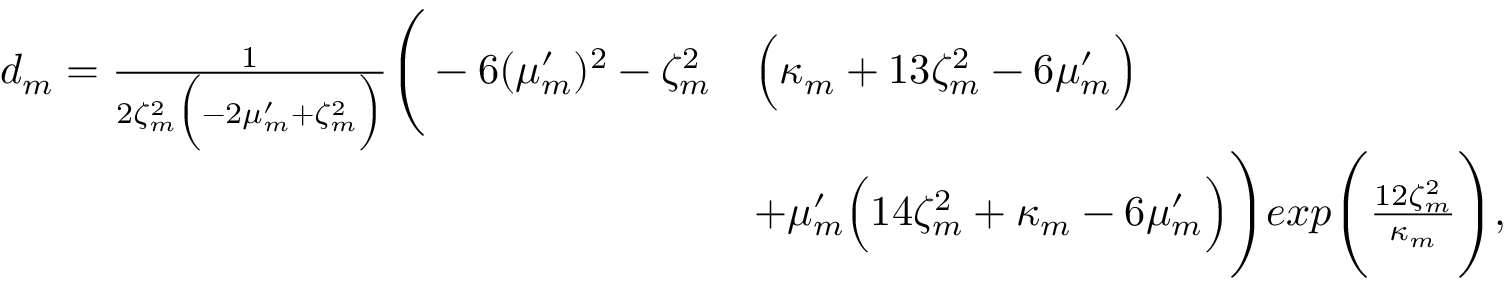
\begin{array} { r l } { d _ { m } = \frac { 1 } { 2 \zeta _ { m } ^ { 2 } \Big ( - 2 \mu _ { m } ^ { \prime } + \zeta _ { m } ^ { 2 } \Big ) } \Bigg ( - 6 ( \mu _ { m } ^ { \prime } ) ^ { 2 } - \zeta _ { m } ^ { 2 } } & { \Big ( \kappa _ { m } + 1 3 \zeta _ { m } ^ { 2 } - 6 \mu _ { m } ^ { \prime } \Big ) } \\ & { + \mu _ { m } ^ { \prime } \Big ( 1 4 \zeta _ { m } ^ { 2 } + \kappa _ { m } - 6 \mu _ { m } ^ { \prime } \Big ) \Bigg ) e x p \Bigg ( \frac { 1 2 \zeta _ { m } ^ { 2 } } { \kappa _ { m } } \Bigg ) , } \end{array}